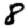
Digit: 8